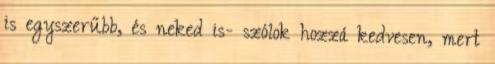
is egyszerűbb, és neked is- szólok hozzá kedvesen, mert